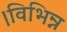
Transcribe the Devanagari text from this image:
।विभिन्न